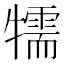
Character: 㹘